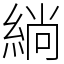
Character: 緔